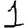
Digit: 1